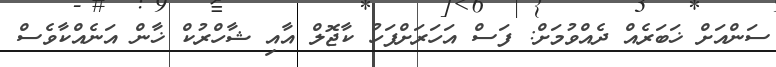
ސަންއަށް ޚަބަރެއް ދެއްވުމަށް: ފަސް އަހަރަށްފަހު ކާޖޮލް އާއި ޝާހްރުކް ޚާން އަނެއްކާވެސް